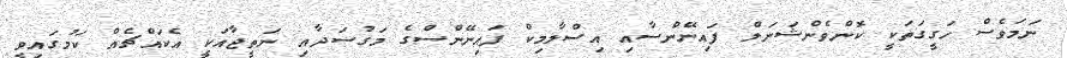
ނަމަވެސް ހަގީގަތަކީ ކޮންވެންޝަނަލް ފައިނޭންސާއި އިސްލާމިކް ފައިނޭންސްގެ މަގުސަދާއި ނަތީޖާއަކީ އެކައްޗެއް ކަމުގައިވީ